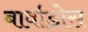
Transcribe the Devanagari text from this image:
बार्वाडोस